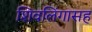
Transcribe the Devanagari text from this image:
शिवलिंगासह